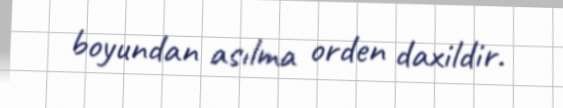
boyundan asılma orden daxildir.